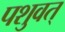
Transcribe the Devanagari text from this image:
पशुवत्